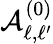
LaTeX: \mathcal{A}_{\ell,\ell^{\prime}}^{(0)}